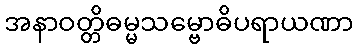
အနာဝတ္တိဓမ္မသမ္ဗောဓိပရာယဏာ